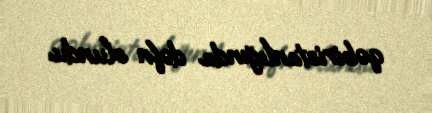
qəbiristanlığında dəfn olundu.